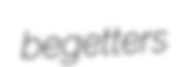
begetters